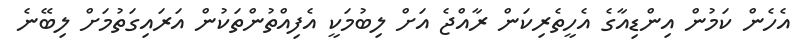
އެެހެން ކަމުން އިންޑިއާގެ އެހީތެރިކަން ރާއްޖެ އަށް ލިބުމަކީ އެފިއްތުންތަކުން އަރައިގަތުމަށް ލިބޭނެ